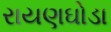
રાયણઘોડા